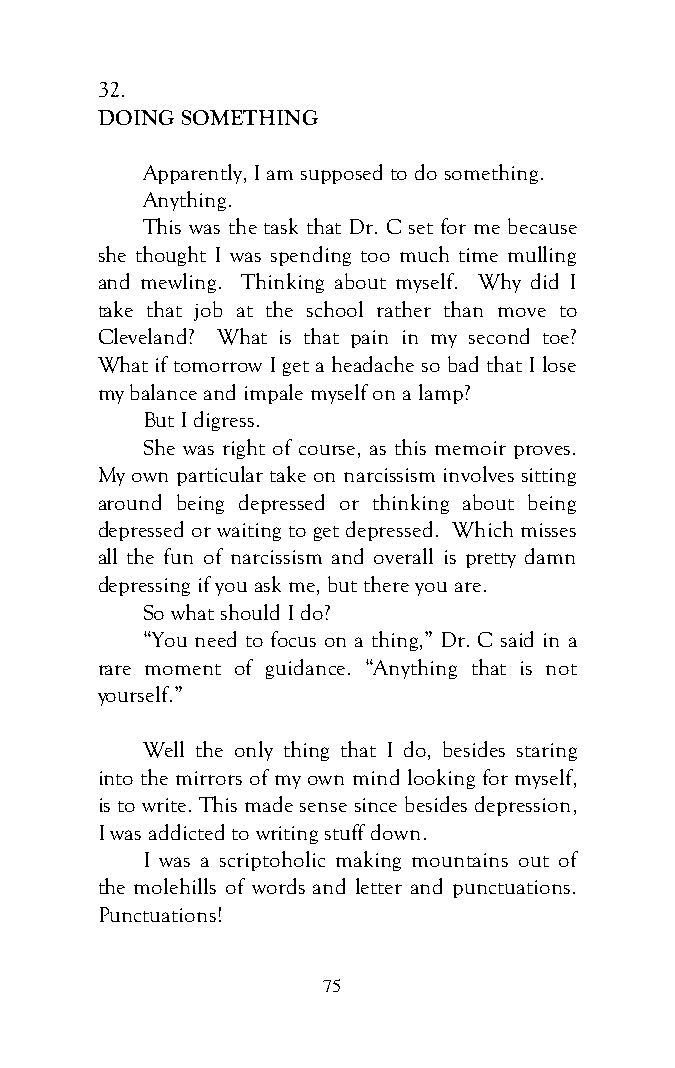
32.
 DOING SOMETHING
 Apparently, I am supposed to do something.
 Anything.
 This was the task that Dr. C set for me because
 she thought I was spending too much time mulling
 and mewling. Thinking about myself. Why did I
 take that job at the school rather than move to
 Cleveland? What is that pain in my second toe?
 What if tomorrow I get a headache so bad that I lose
 my balance and impale myself on a lamp?
 But I digress.
 She was right of course, as this memoir proves.
 My own particular take on narcissism involves sitting
 around being depressed or thinking about being
 depressed or waiting to get depressed. Which misses
 all the fun of narcissism and overall is pretty damn
 depressing if you ask me, but there you are.
 So what should I do?
 “You need to focus on a thing,” Dr. C said in a
 rare moment of guidance. “Anything that is not
 yourself.”
 Well the only thing that I do, besides staring
 into the mirrors of my own mind looking for myself,
 is to write. This made sense since besides depression,
 I was addicted to writing stuff down.
 I was a scriptoholic making mountains out of
 the molehills of words and letter and punctuations.
 Punctuations!
 75